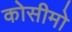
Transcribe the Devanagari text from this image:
कोसीमो